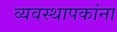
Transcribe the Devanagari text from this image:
व्यवस्थापकांना